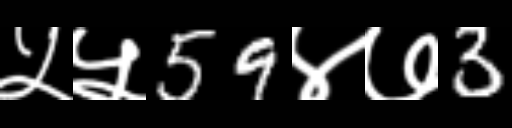
Text: ५५59४७3